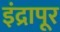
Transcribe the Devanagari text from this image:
इंद्रापूर